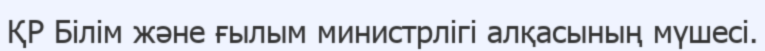
ҚР Білім және ғылым министрлігі алқасының мүшесі.